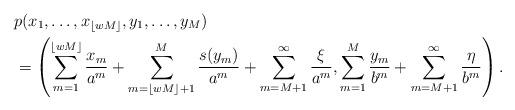
LaTeX: \begin{align*} & p(x_1, \dots, x_{\lfloor wM\rfloor}, y_1, \dots, y_M) \\ & = \left(\sum_{m=1}^{\lfloor wM\rfloor} \frac{x_m}{a^m} + \sum_{m=\lfloor wM\rfloor +1}^M \frac{s(y_m)}{a^m} + \sum_{m=M+1}^\infty \frac{\xi}{a^m}, \sum_{m=1}^M \frac{y_m}{b^m} + \sum_{m=M+1}^\infty \frac{\eta}{b^m}\right). \end{align*}